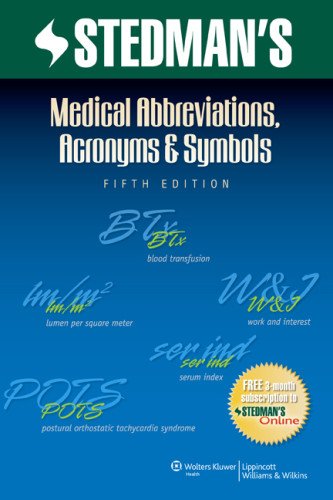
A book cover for Stedman's Medical Abbreviations, Acronyms & Symbols (Stedman's Abbreviations, Acronyms & Symbols); Stedman's; Medical Books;